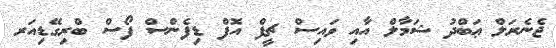
ޖެނެރަލް ޢަބްދު ޝަމާލް އާއި ވައިސް ޗީފް އޮފް ޑިފެންސް ފޯސް ބްރިގޭޑިއަރ